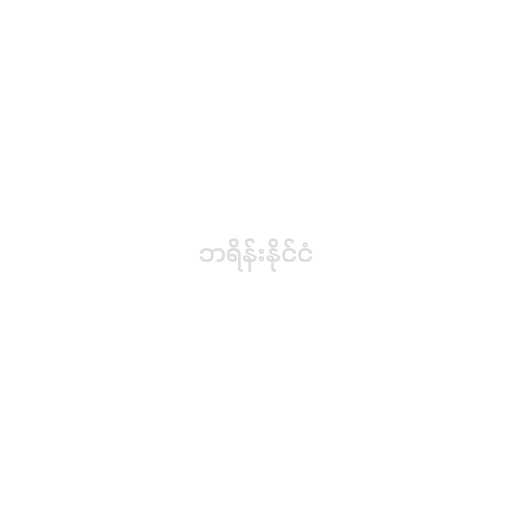
ဘရိန်းနိုင်ငံ